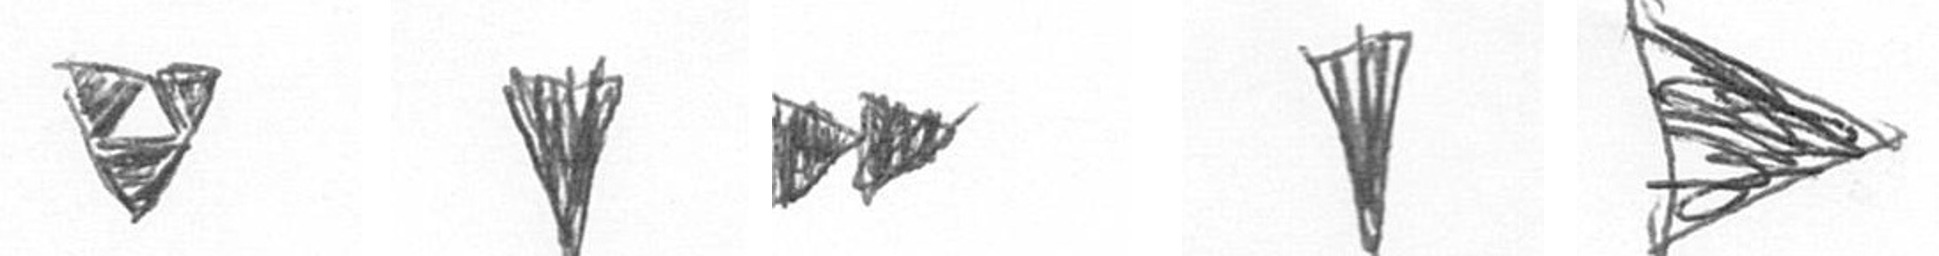
S J A J T